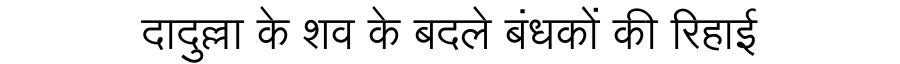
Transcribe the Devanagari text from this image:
दादुल्ला के शव के बदले बंधकों की रिहाई